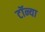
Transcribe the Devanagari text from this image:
टॉन्या